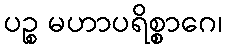
ပဉ္စ မဟာပရိစ္စာဂေ၊